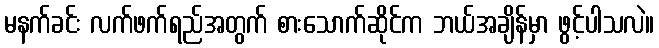
မနက်ခင်း လက်ဖက်ရည်အတွက် စားသောက်ဆိုင်က ဘယ်အချိန်မှာ ဖွင့်ပါသလဲ။